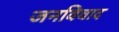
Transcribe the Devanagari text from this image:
जनविवाद